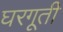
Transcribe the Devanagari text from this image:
घरगूती